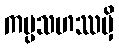
ကပ္ပသဟဿမှိ